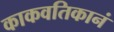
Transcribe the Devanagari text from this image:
काकवतिकानं